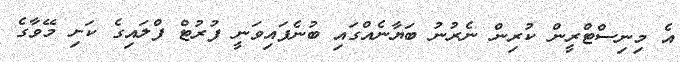
އެ މިނިސްޓްރީން ކުރިން ނެރުނު ބަޔާނެއްގައި ބުނެފައިވަނީ ފުރުޓް ފްލައިގެ ކަށި މޭވާގެ